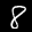
Label: 8